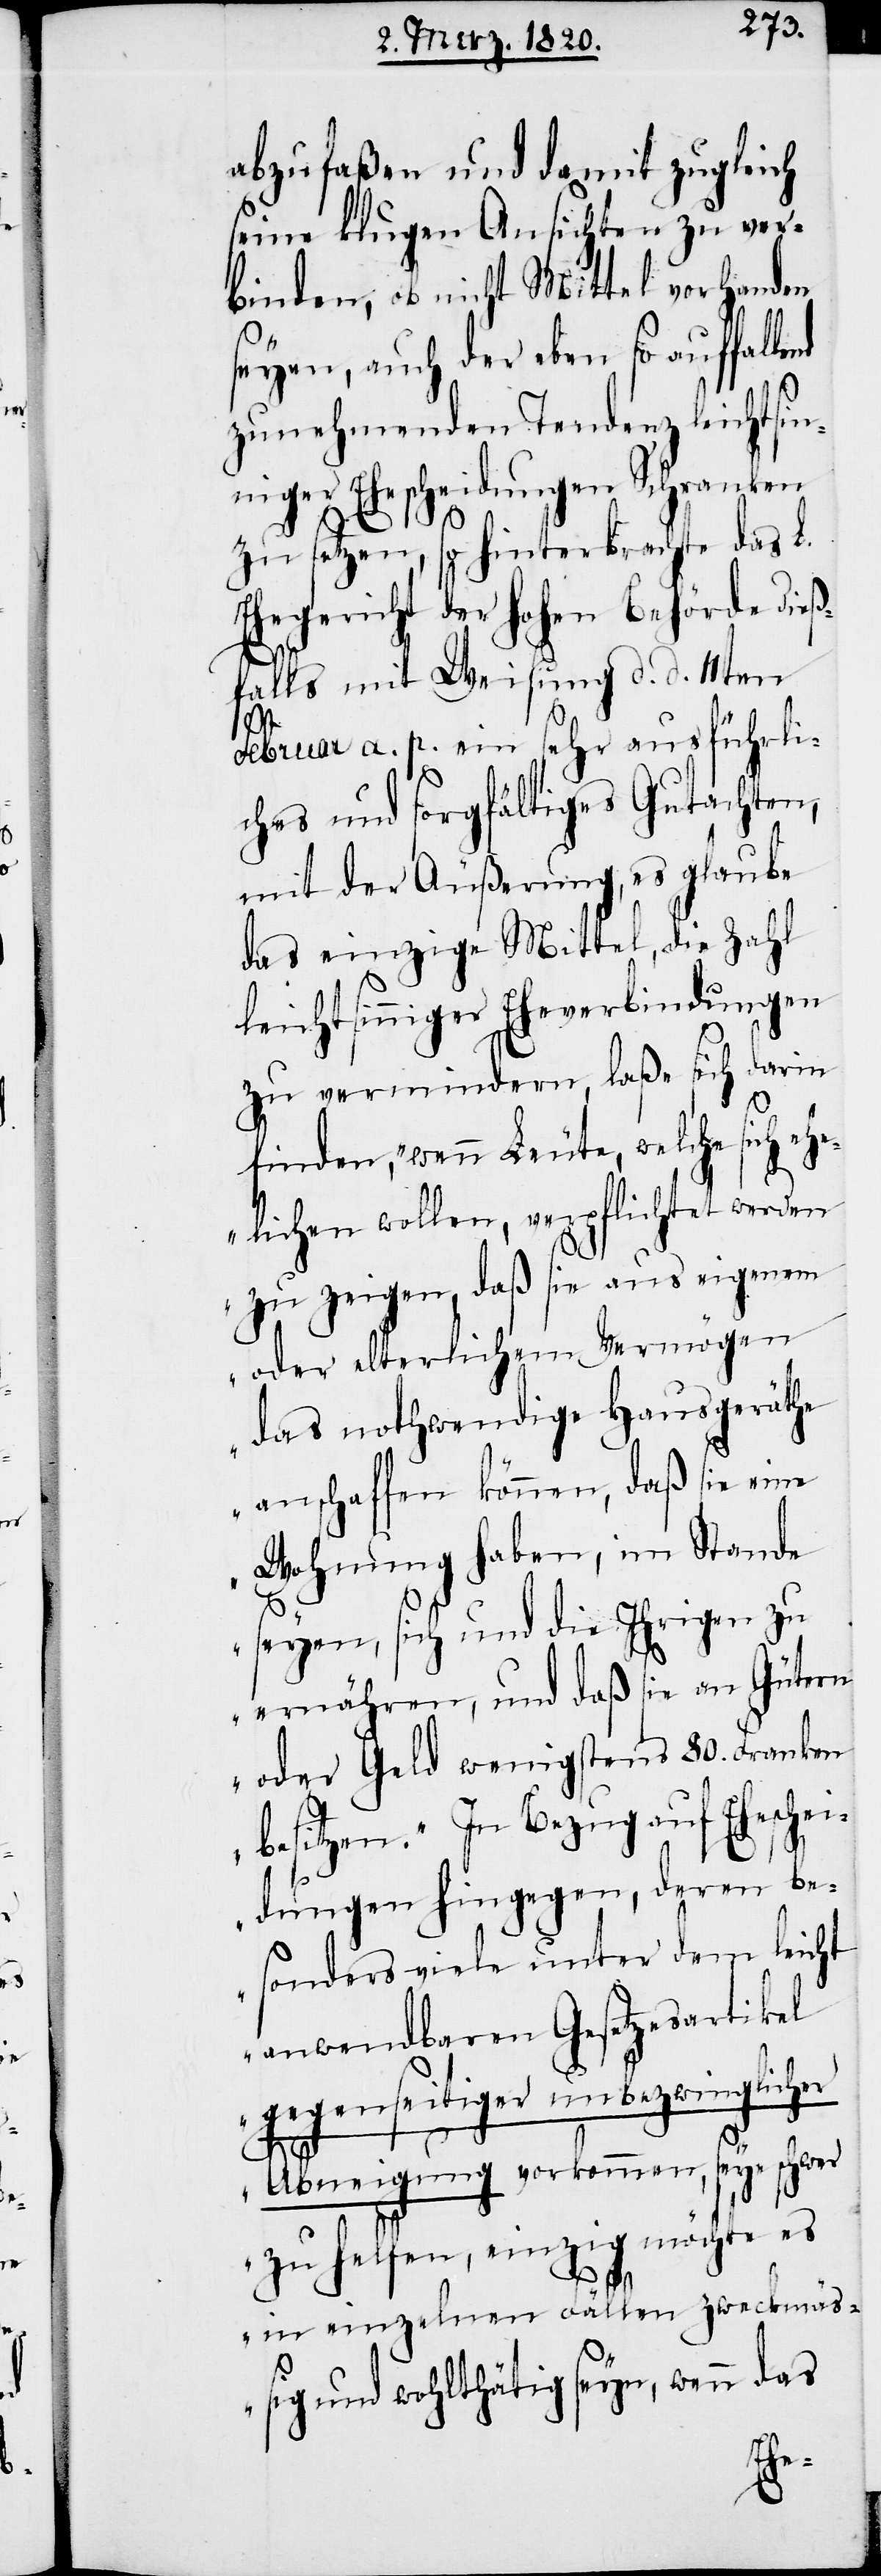
abzufaßen und damit zugleich
seine klugen Ansichten zu ver¬
binden, ob nicht Mittel vorhanden
seyen, auch der eben so auffalle¬
zunehmenden Tendenz leichtsin¬
niger Ehescheidungen Schranken
zu setzen, so hinterbrachte das L.
Ehegericht der hohen Behörde dieß¬
falls mit Weisung d. d. 11ten
Februar a. p. ein sehr ausführli¬
ches und sorgfältiges Gutachten,
mit der Äußerung, es glaube
das einzige Mittel, die Zahl
leichtsinniger Eheverbindungen
zu vermindern, laße sich darin
finden, „wenn Leute, welche sich e¬
helichen wollen, verpflichtet werden
zu zeigen, daß sie aus eigenem
oder elterlichem Vermögen
das nothwendige Hausgeräthe
anschaffen können, daß sie eine
Wohnung haben, im Stande
seyen, sich und die Ihrigen zu
ernähren, und daß sie an Gütern
oder Geld wenigstens 80. Franken
besitzen.“ [„]In Bezug auf Eheschei¬
nd
dungen hingegen, deren be¬
sonders viele unter dem leicht
anwendbaren Gesetzesartikel
gegenseitiger unbezwinglicher
Abneigung vorkommen, seye schwer
zu helfen, einzig möchte es
in einzelnen Fällen zweckmäß¬
ig und wohlthätig seyn, wenn das